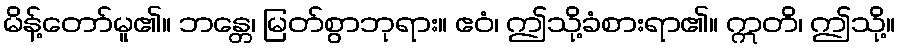
မိန့်တော်မူ၏။ ဘန္တေ၊ မြတ်စွာဘုရား။ ဧဝံ၊ ဤသို့ခံစားရာ၏။ ဣတိ၊ ဤသို့။